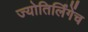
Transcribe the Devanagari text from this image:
ज्योतिर्लिंगेंच